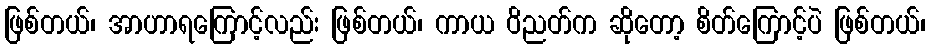
ဖြစ်တယ်၊ အာဟာရကြောင့်လည်း ဖြစ်တယ်၊ ကာယ ဝိညတ်က ဆိုတော့ စိတ်ကြောင့်ပဲ ဖြစ်တယ်၊